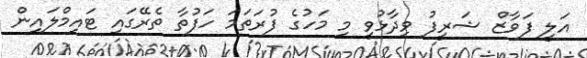
އަލީ ފަވާޒް ޝަރީފު ވިދާޅުވީ މި މަހުގެ ފުރަތަމަ ހަފުތާ ތެރޭގައި ޓައިމްލައިން